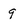
Character: 9